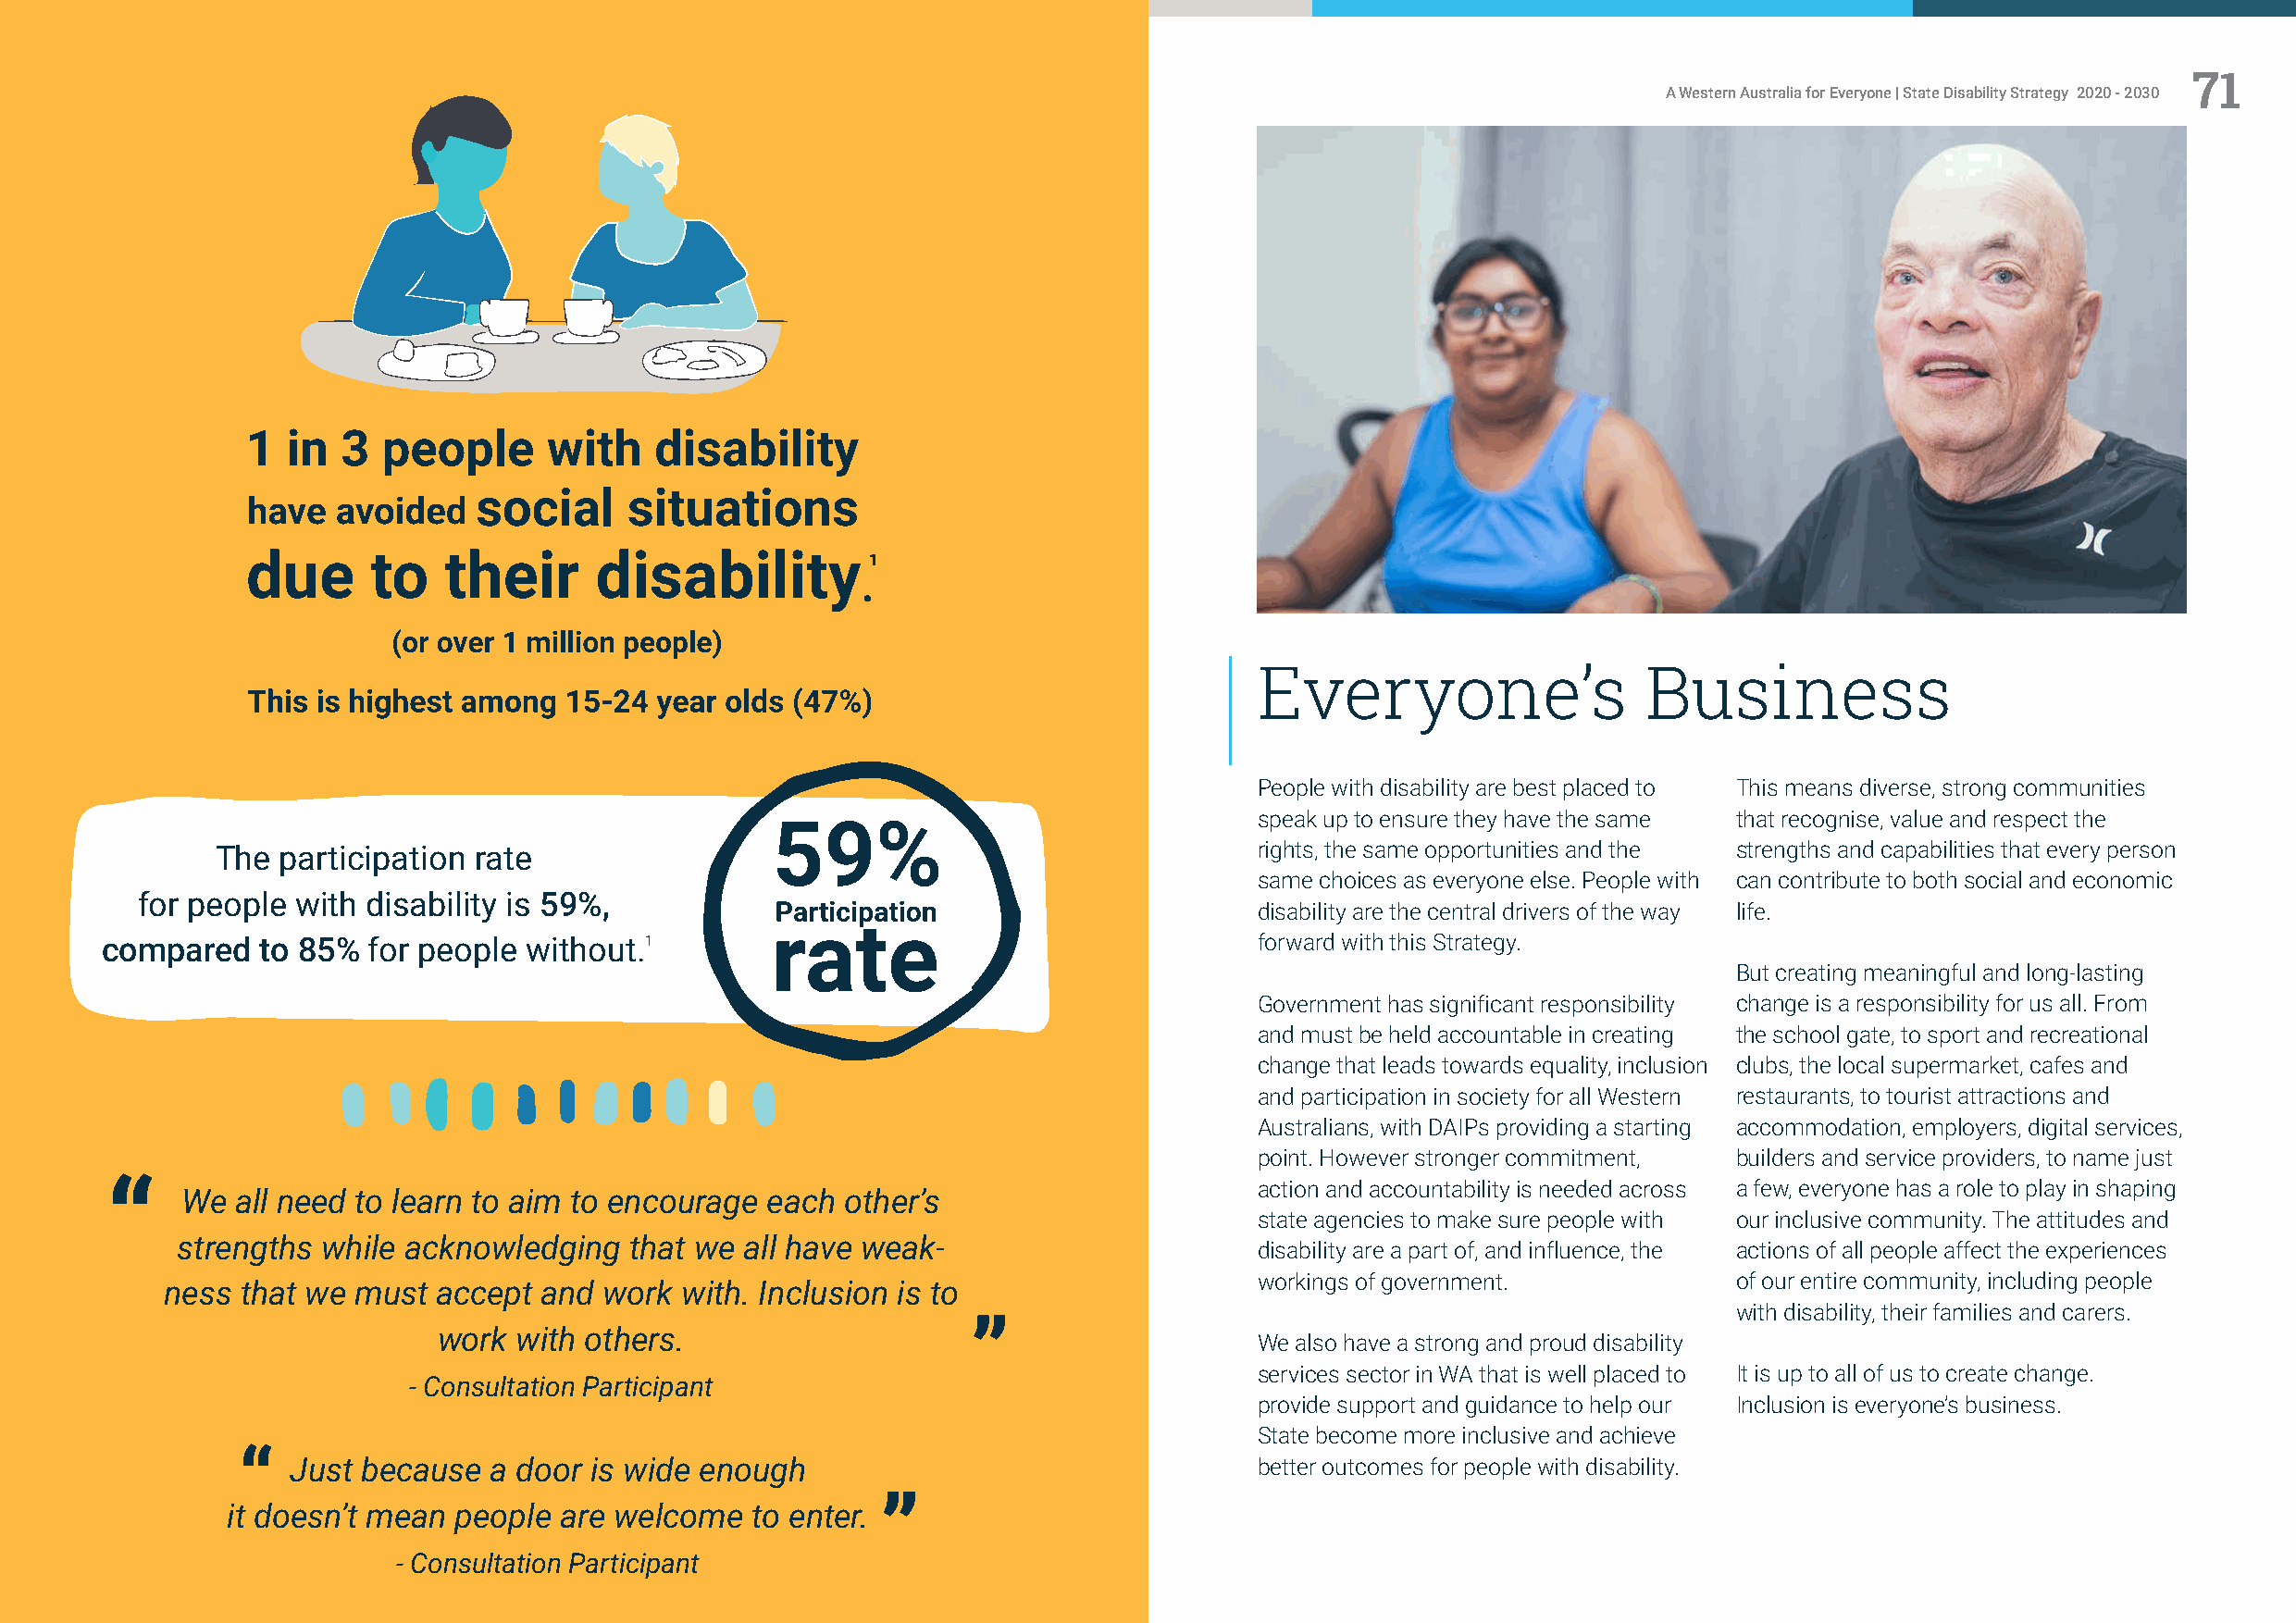
70                                                                                                                                                       71
 A Western Australia for Everyone | State Disability Strategy 2020 - 2030                                     A Western Australia for Everyone | State Disability Strategy 2020 - 2030
 Everyone’s                  Business
 People with disability are best placed to This means diverse, strong communities
 speak up to ensure they have the same that recognise, value and respect the
 The  participation rate                                                    rights, the same opportunities and the strengths and capabilities that every person
 same choices as everyone else. People with can contribute to both social and economic
 for people with disability is 59%,
 disability are the central drivers of the way life.
 compared    to 85% for people  without.                                            forward with this Strategy.
 But creating meaningful and long-lasting
 Government has significant responsibility change is a responsibility for us all. From
 and must be held accountable in creating the school gate, to sport and recreational
 change that leads towards equality, inclusion clubs, the local supermarket, cafes and
 and participation in society for all Western restaurants, to tourist attractions and
 Australians, with DAIPs providing a starting accommodation, employers, digital services,
 point. However stronger commitment, builders and service providers, to name just
 action and accountability is needed across a few, everyone has a role to play in shaping
 We  all need to learn to aim to encourage each other’s
 state agencies to make sure people with our inclusive community. The attitudes and
 strengths while acknowledging   that we all have weak-
 disability are a part of, and influence, the actions of all people affect the experiences
 workings of government.           of our entire community, including people
 ness that we must  accept  and work  with. Inclusion is to
 with disability, their families and carers.
 work  with others.
 We also have a strong and proud disability
 services sector in WA that is well placed to It is up to all of us to create change.
 - Consultation Participant
 provide support and guidance to help our Inclusion is everyone’s business.
 State become more inclusive and achieve
 Just because  a door is wide enough                                  better outcomes for people with disability.
 it doesn’t mean  people are welcome   to enter.
 - Consultation Participant